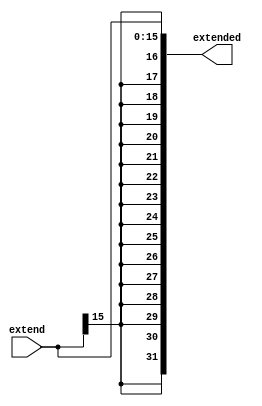
`timescale 1ns/1ps

module signExtend (extend, extended);
    input [15:0] extend;
    output reg [31:0] extended;

    always @(extend) begin
        extended[31:0] = {{31{extend[15]}}, extend[15:0]};
    end
endmodule